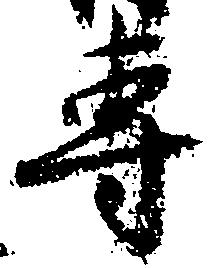
専